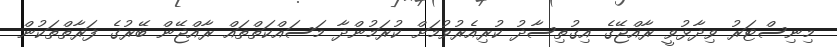
މިނިސްޓަރު ވިދާޅުވީ ރާއްޖޭގެ އިގުތިސާދު ކުރިއެރުވުމަށް ކުރަމުންދާ މަސައްކަތްތައް ރާއްޖޭން ބޭރުގެ ފަރާތްތަކުން